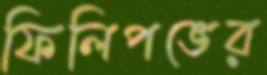
ফিলিপভের